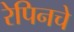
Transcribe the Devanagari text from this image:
रेपिनचे